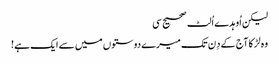
لیکن اُوہدے اُلٹ صحیح سی
وہ لڑکا آج کے دِن تک میرے دوستوں میں سے ایک ہے!